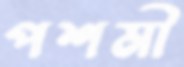
পশমী